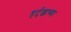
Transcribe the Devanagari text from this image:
हर्ट्‌झच्या